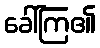
ခေါ်ကြ၏